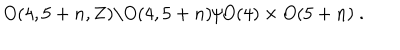
O ( 4 , 5 + n , { \bf Z } ) \backslash O ( 4 , 5 + n ) / O ( 4 ) \times O ( 5 + n ) \ .